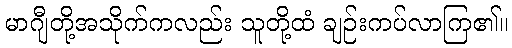
မာဂျီတို့အသိုက်ကလည်း သူတို့ထံ ချဉ်းကပ်လာကြ၏။